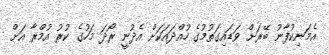
އެމަނިކުފާނު ބޭރަށް ވަޑައިގަތުމުގެ ހުއްދައަކަށް އެދުނީ ރޯދަ މަހުގެ ކުރު އުމްރާ އަށް